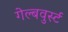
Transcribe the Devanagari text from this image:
गेल्बवुर्स्ट